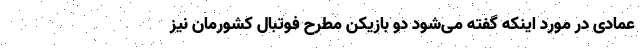
عمادی در مورد اینکه گفته می‌شود دو بازیکن مطرح فوتبال کشورمان نیز